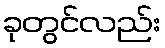
ခုတွင်လည်း